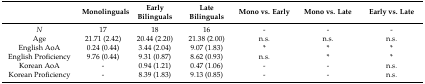
<table><thead><tr><td></td><td><b>Monolinguals</b></td><td><b>Early Bilinguals</b></td><td><b>Late Bilinguals</b></td><td><b>Mono vs. Early</b></td><td><b>Mono vs. Late</b></td><td><b>Early vs. Late</b></td></tr></thead><tbody><tr><td><i>N</i></td><td>17</td><td>18</td><td>16</td><td>-</td><td>-</td><td>-</td></tr><tr><td>Age</td><td>21.71 (2.42)</td><td>20.44 (2.20)</td><td>21.38 (2.00)</td><td>n.s.</td><td>n.s.</td><td>n.s.</td></tr><tr><td>English AoA</td><td>0.24 (0.44)</td><td>3.44 (2.04)</td><td>9.07 (1.83)</td><td>*</td><td>*</td><td>*</td></tr><tr><td>English Proficiency</td><td>9.76 (0.44)</td><td>9.31 (0.87)</td><td>8.62 (0.93)</td><td>n.s.</td><td>*</td><td>*</td></tr><tr><td>Korean AoA</td><td>-</td><td>0.94 (1.21)</td><td>0.47 (1.06)</td><td>-</td><td>-</td><td>n.s.</td></tr><tr><td>Korean Proficiency</td><td>-</td><td>8.39 (1.83)</td><td>9.13 (0.85)</td><td>-</td><td>-</td><td>n.s.</td></tr></tbody></table>